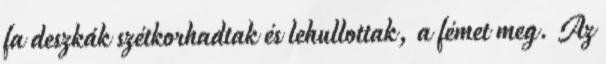
fa deszkák szétkorhadtak és lehullottak, a fémet meg. Az